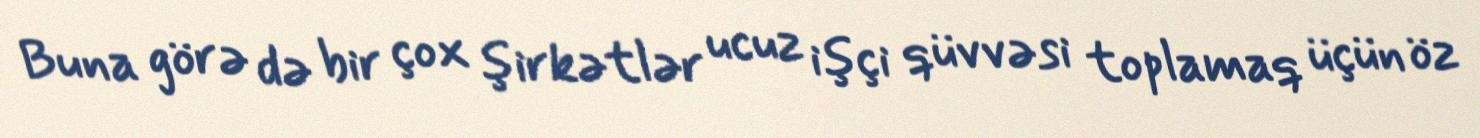
Buna görə də bir çox şirkətlər ucuz işçi qüvvəsi toplamaq üçün öz